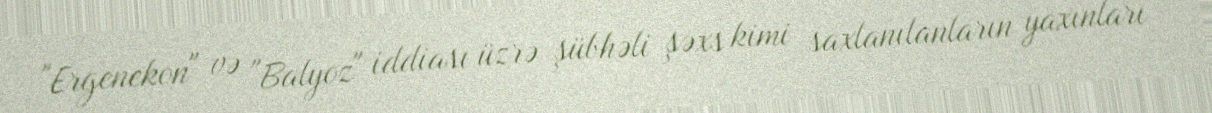
"Ergenekon" və "Balyoz" iddiası üzrə şübhəli şəxs kimi saxlanılanların yaxınları